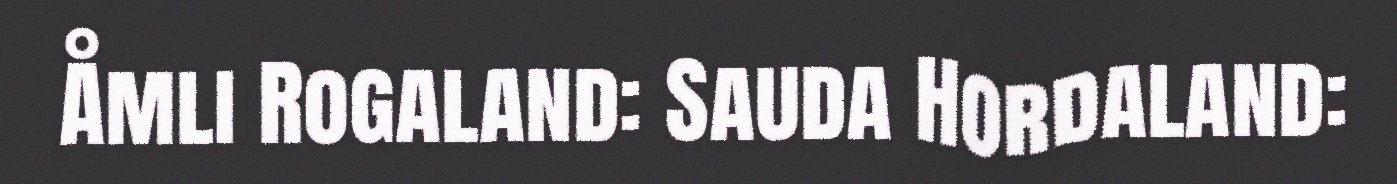
Åmli Rogaland: Sauda Hordaland: